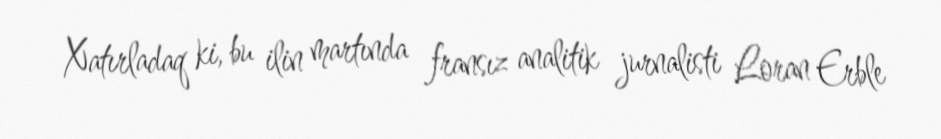
Xatırladaq ki, bu ilin martında fransız analitik jurnalisti Loran Erble